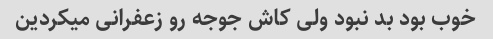
خوب بود بد نبود ولی کاش جوجه رو زعفرانی میکردین